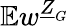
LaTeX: \mathbb{E}w^{\underline{{Z}}_{G}}